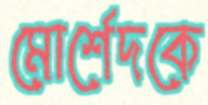
মোর্শেদকে